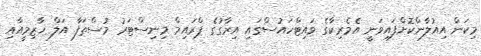
މިކަން އިއުލާންކޮށްފައިވަނީ އެމެރިކާގެ ވައިޓްހައުސްގައި އިރާގުގެ ޕްރައިމް މިނިސްޓަރު މުސްތަފާ އަލް ހާޒިމީއާއި